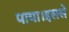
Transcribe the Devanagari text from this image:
पाया।इससे